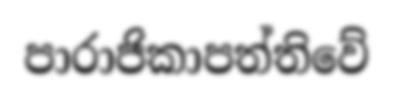
පාරාජිකාපත්තිවේ